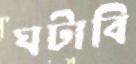
ঘটাবি